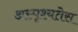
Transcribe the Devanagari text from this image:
अस्पृश्यतेस